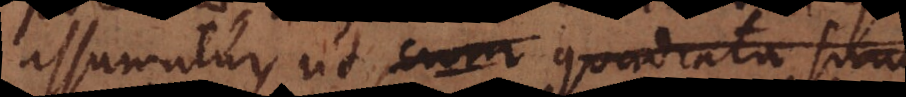
assumitur, ut cum quadrata sunt